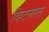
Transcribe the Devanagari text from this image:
व्हिटनाल